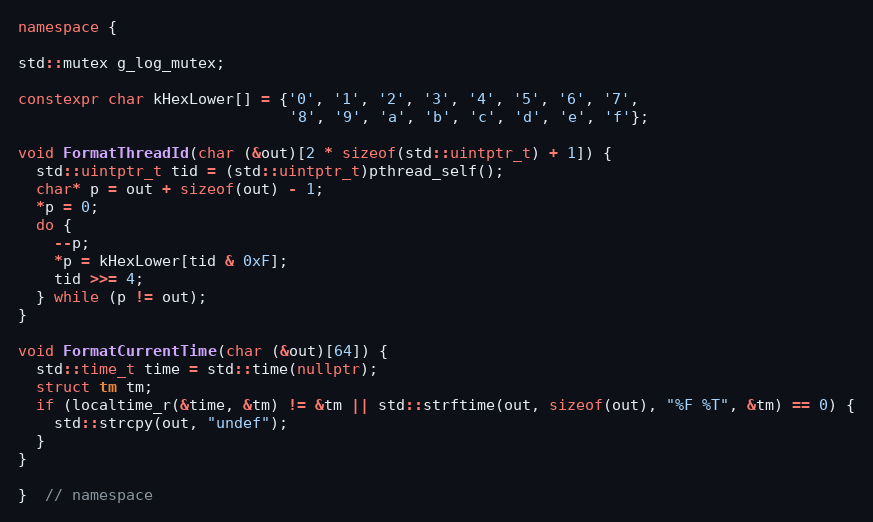
Language: C++
namespace {

std::mutex g_log_mutex;

constexpr char kHexLower[] = {'0', '1', '2', '3', '4', '5', '6', '7',
                              '8', '9', 'a', 'b', 'c', 'd', 'e', 'f'};

void FormatThreadId(char (&out)[2 * sizeof(std::uintptr_t) + 1]) {
  std::uintptr_t tid = (std::uintptr_t)pthread_self();
  char* p = out + sizeof(out) - 1;
  *p = 0;
  do {
    --p;
    *p = kHexLower[tid & 0xF];
    tid >>= 4;
  } while (p != out);
}

void FormatCurrentTime(char (&out)[64]) {
  std::time_t time = std::time(nullptr);
  struct tm tm;
  if (localtime_r(&time, &tm) != &tm || std::strftime(out, sizeof(out), "%F %T", &tm) == 0) {
    std::strcpy(out, "undef");
  }
}

}  // namespace